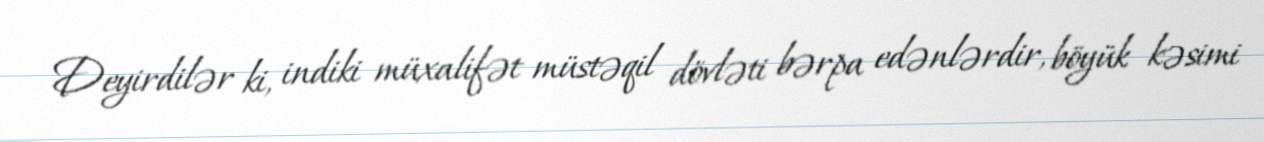
Deyirdilər ki, indiki müxalifət müstəqil dövləti bərpa edənlərdir, böyük kəsimi